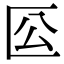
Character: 𠤰